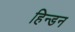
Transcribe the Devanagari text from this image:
हिन्‍डन